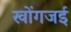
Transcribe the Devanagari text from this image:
खोंगजई